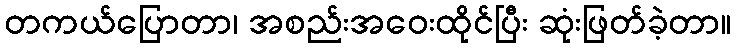
တကယ်ပြောတာ၊ အစည်းအဝေးထိုင်ပြီး ဆုံးဖြတ်ခဲ့တာ။